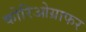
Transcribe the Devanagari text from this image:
कोरिओग्राफर